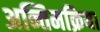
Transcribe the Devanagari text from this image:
अन्तिमक्रिया